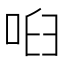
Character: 𠲼